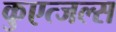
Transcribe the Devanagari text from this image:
कुएत्जल्स